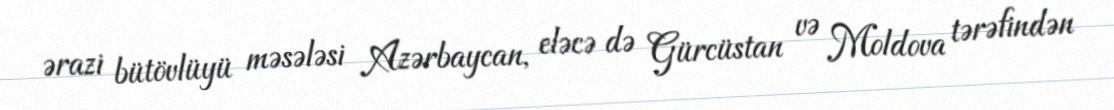
ərazi bütövlüyü məsələsi Azərbaycan, eləcə də Gürcüstan və Moldova tərəfindən